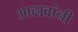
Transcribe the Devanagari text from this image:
आढावांनी